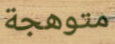
متوهجة